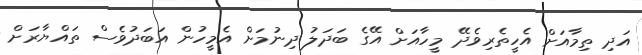
އަދި ތިމާއަށް އެހީތެރިވެދޭ މީހާއަށް އޭގެ ބަދަލު ދިނުމަށް އެމީހުން އަބަދުވެސް ތައްޔާރަށް